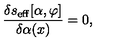
{ \frac { \delta s _ { \mathrm { e f f } } [ \alpha , \varphi ] } { \delta \alpha ( x ) } } = 0 ,